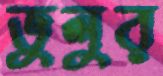
ভুলুর